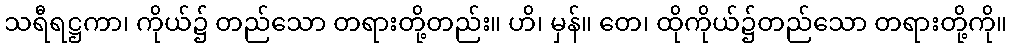
သရီရဋ္ဌကာ၊ ကိုယ်၌ တည်သော တရားတို့တည်း။ ဟိ၊ မှန်။ တေ၊ ထိုကိုယ်၌တည်သော တရားတို့ကို။